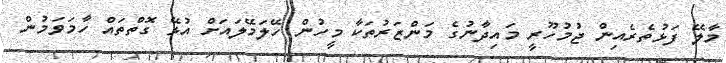
މާލޭ ފަޅުތެރެއިން ޖުމުހޫރީ މައިދާނުގެ މަންޒަރުތަކާ މީހުން ހޭލަމޭލައަށް އުޅޭ ގޮތްތައް ހާމަވަމުން